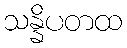
သန္နိပတထ